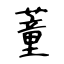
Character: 蕫